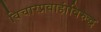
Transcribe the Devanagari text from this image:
विचारप्रवाहांविरुद्ध